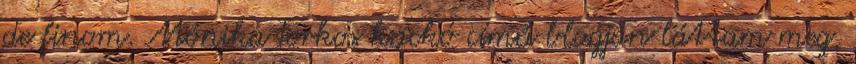
de finom. Mónika Torkos kuckó című blogján láttam meg,